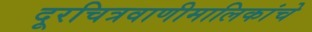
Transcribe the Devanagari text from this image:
दूरचित्रवाणीमालिकांचे